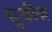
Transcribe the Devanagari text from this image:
सुबीज़